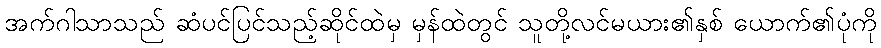
အက်ဂါသာသည် ဆံပင်ပြင်သည့်ဆိုင်ထဲမှ မှန်ထဲတွင် သူတို့လင်မယား၏နှစ် ယောက်၏ပုံကို